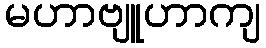
မဟာဗျူဟာကျ